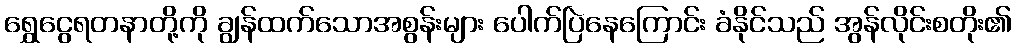
ရွှေငွေရတနာတို့ကို ချွန်ထက်သောအစွန်းများ ပေါက်ပြဲနေကြောင်း ခံနိုင်သည် အွန်လိုင်းစတိုး၏